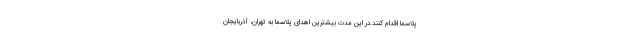
پلاسما اقدام کنند.در این مدت بیشترین اهدای پلاسما به تهران، آذربایجان